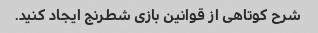
شرح کوتاهی از قوانین بازی شطرنج ایجاد کنید.